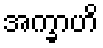
အက္ခာဟိ